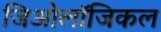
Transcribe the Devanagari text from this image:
जिओलॉजिकल